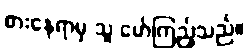
စားနေရာမှ သူ မော်ကြည့်သည်။